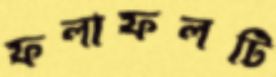
ফলাফলটি